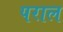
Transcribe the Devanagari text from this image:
पराल